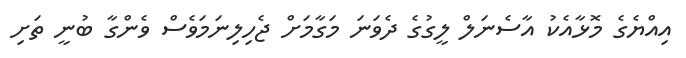
އިއްޔެގެ މޮޅާއެކު އާސެނަލް ލީގުގެ ދެވަނަ މަގާމަށް ޖެހިލިނަމަވެސް ވެންގާ ބުނީ ތަށި